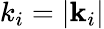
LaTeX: k_{i}=|\textbf{k}_{i}|